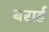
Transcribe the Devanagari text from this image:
बरार्ड